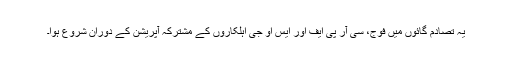
یہ تصادم گائوں میں فوج، سی آر پی ایف اور ایس او جی اہلکاروں کے مشترکہ آپریشن کے دوران شروع ہوا۔